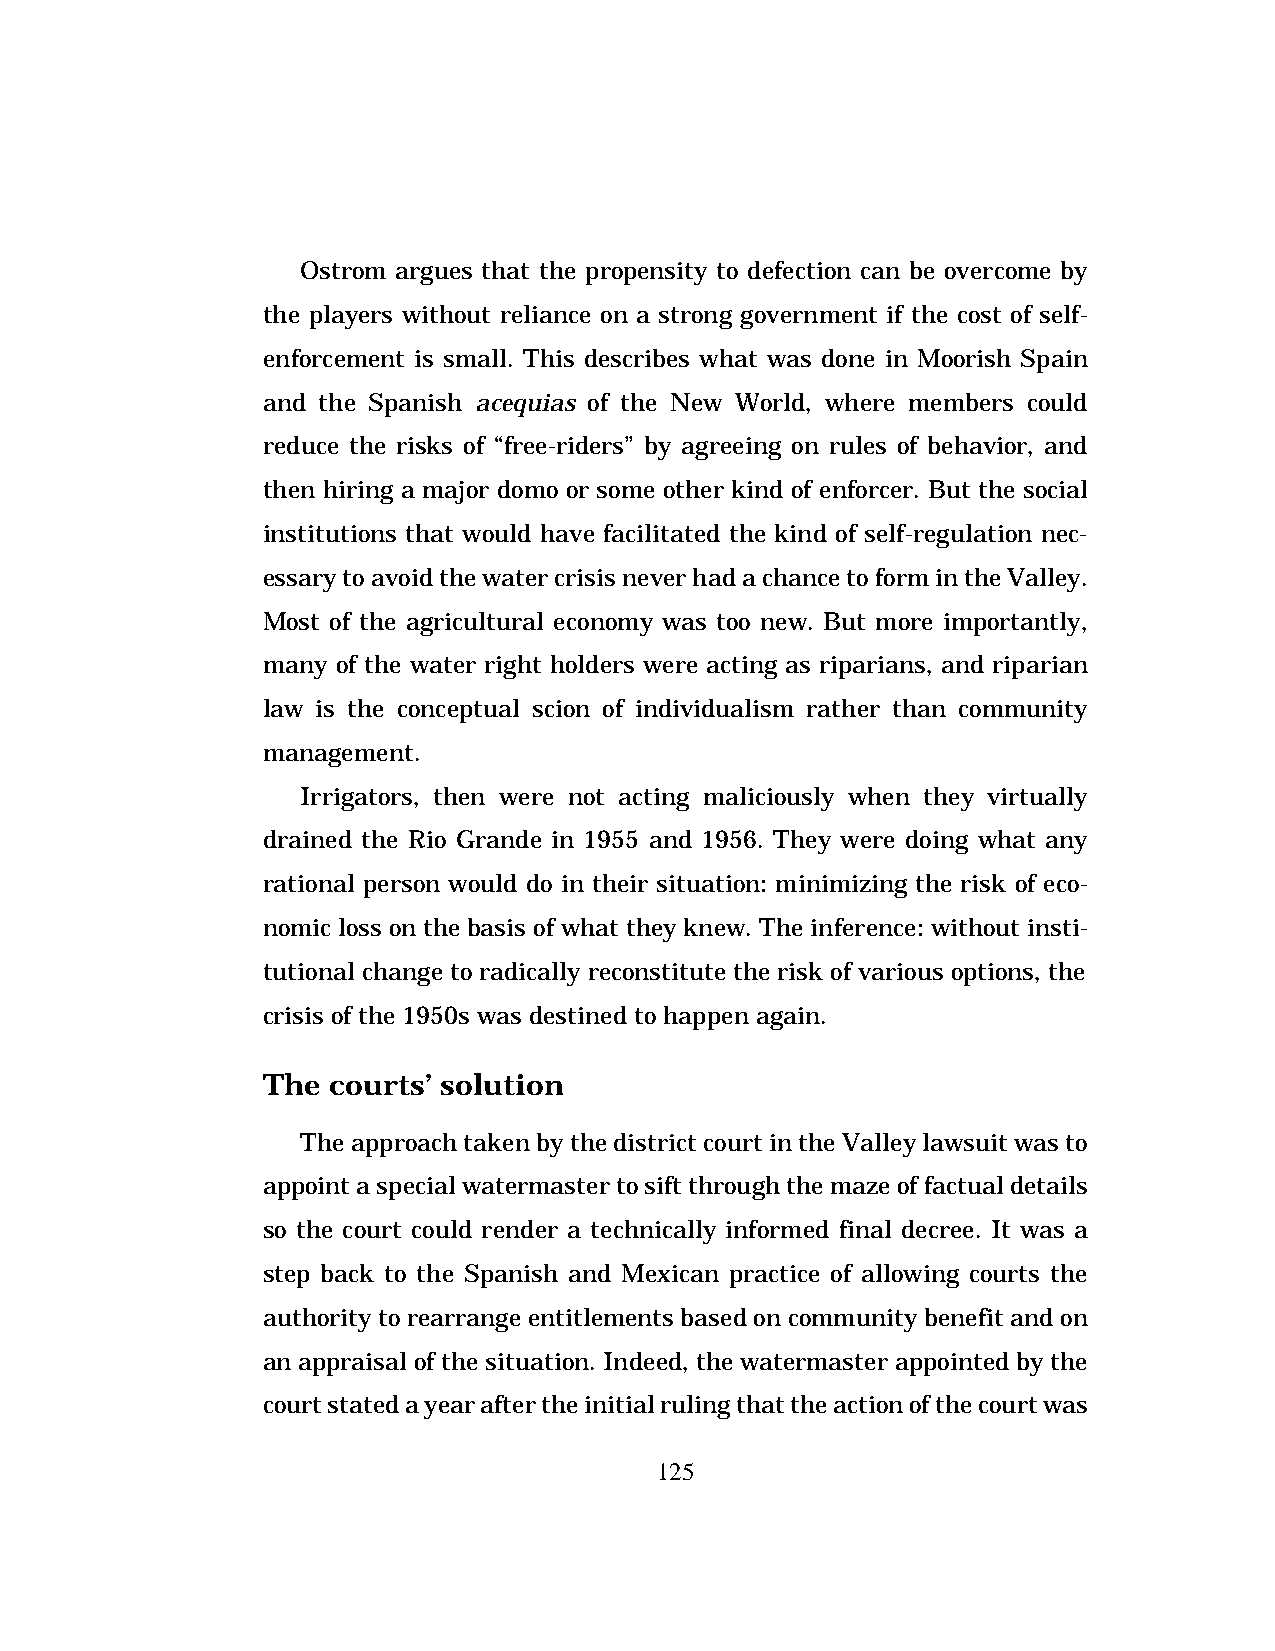
Ostrom argues that the propensity to defection can be overcome by
 the players without reliance on a strong government if the cost of self-
 enforcement is small. This describes what was done in Moorish Spain
 and the Spanish acequias of the New World, where members could
 reduce the risks of “free-riders” by agreeing on rules of behavior, and
 then hiring a major domo or some other kind of enforcer. But the social
 institutions that would have facilitated the kind of self-regulation nec-
 essary to avoid the water crisis never had a chance to form in the Valley.
 Most of the agricultural economy was too new. But more importantly,
 many of the water right holders were acting as riparians, and riparian
 law is the conceptual scion of individualism rather than community
 management.
 Irrigators, then were not acting maliciously when they virtually
 drained the Rio Grande in 1955 and 1956. They were doing what any
 rational person would do in their situation: minimizing the risk of eco-
 nomic loss on the basis of what they knew. The inference: without insti-
 tutional change to radically reconstitute the risk of various options, the
 crisis of the 1950s was destined to happen again.
 The  courts’ solution
 The approach taken by the district court in the Valley lawsuit was to
 appoint a special watermaster to sift through the maze of factual details
 so the court could render a technically informed final decree. It was a
 step back to the Spanish and Mexican practice of allowing courts the
 authority to rearrange entitlements based on community benefit and on
 an appraisal of the situation. Indeed, the watermaster appointed by the
 court stated a year after the initial ruling that the action of the court was
 125